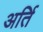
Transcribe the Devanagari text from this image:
अर्ति